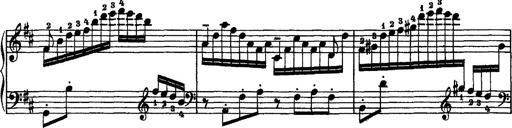
Title: Piano Sonata
Composer: Karl HÃ¤ssler
Key: C major